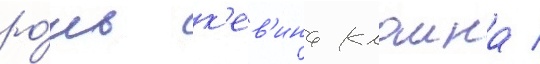
ро́ль к'ев'ина клаина /